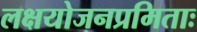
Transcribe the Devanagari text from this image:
लक्षयोजनप्रमिताः